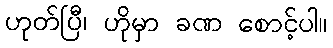
ဟုတ်ပြီ၊ ဟိုမှာ ခဏ စောင့်ပါ။